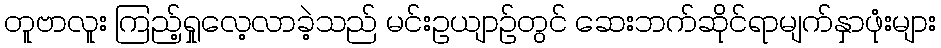
တူဗာလူး ကြည့်ရှုလေ့လာခဲ့သည် မင်းဥယျာဉ်တွင် ဆေးဘက်ဆိုင်ရာမျက်နှာဖုံးများ